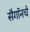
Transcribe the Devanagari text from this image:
सैगॉनचे